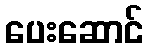
ပေးဆောင်